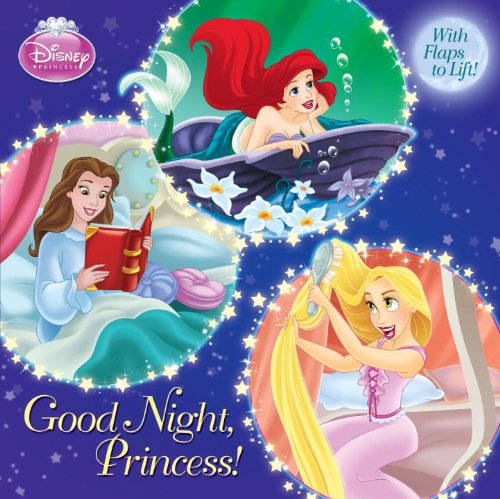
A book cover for Good Night, Princess! (Disney Princess) (Pictureback with Flaps); Andrea Posner-Sanchez; Children's Books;